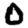
Digit: 0